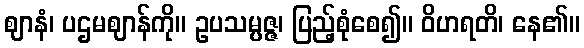
ဈာနံ၊ ပဌမဈာန်ကို။ ဥပသမ္ပဇ္ဇ၊ ပြည့်စုံစေ၍။ ဝိဟရတိ၊ နေ၏။